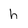
Character: h